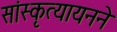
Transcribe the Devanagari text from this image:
सांस्कृत्यायनने